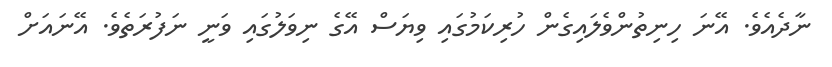
ނާދެއެވެ. އޭނަ ހިނިތުންވެލައިގެން ހުރިކަމުގައި ވިޔަސް އޭގެ ނިވަލުގައި ވަނީ ނަފުރަތެވެ. އޭނައަށް